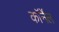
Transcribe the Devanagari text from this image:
कॉर्नेंल